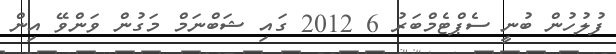
ފުލުހުން ބުނީ ސެޕްޓެމްބަރު 6 2012 ގައި ޝަބްނަމް މަގުން ވަންވޭ އިން